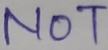
Text: NOT